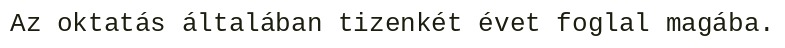
Az oktatás általában tizenkét évet foglal magába.